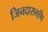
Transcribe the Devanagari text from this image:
जिनदासगणि